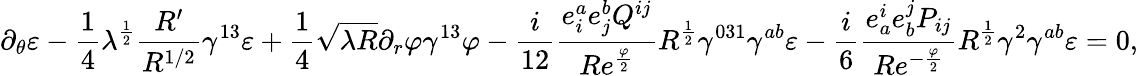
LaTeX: \partial_{\theta}\varepsilon-{\frac{1}{4}}\lambda^{\frac{1}{2}}{\frac{R^{\prime}}{R^{1/2}}}\gamma^{13}\varepsilon+{\frac{1}{4}}\sqrt{\lambda R}\partial_{r}\varphi\gamma^{13}\varphi-{\frac{i}{12}}{\frac{e_{i}^{a}e_{j}^{b}Q^{ij}}{Re^{\frac{\varphi}{2}}}}R^{\frac{1}{2}}\gamma^{031}\gamma^{ab}\varepsilon-{\frac{i}{6}}{\frac{e_{a}^{i}e_{b}^{j}P_{ij}}{Re^{-{\frac{\varphi}{2}}}}}R^{\frac{1}{2}}\gamma^{2}\gamma^{ab}\varepsilon=0,